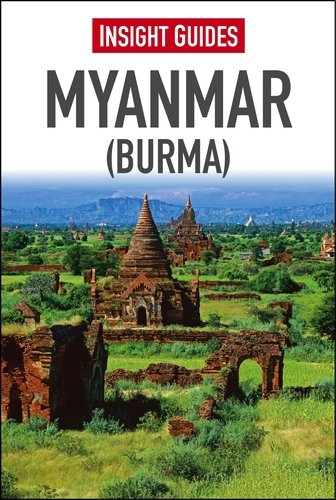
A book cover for Insight Guide: Myanmar (Burma) (Insight Guides); Insight Guides; Travel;